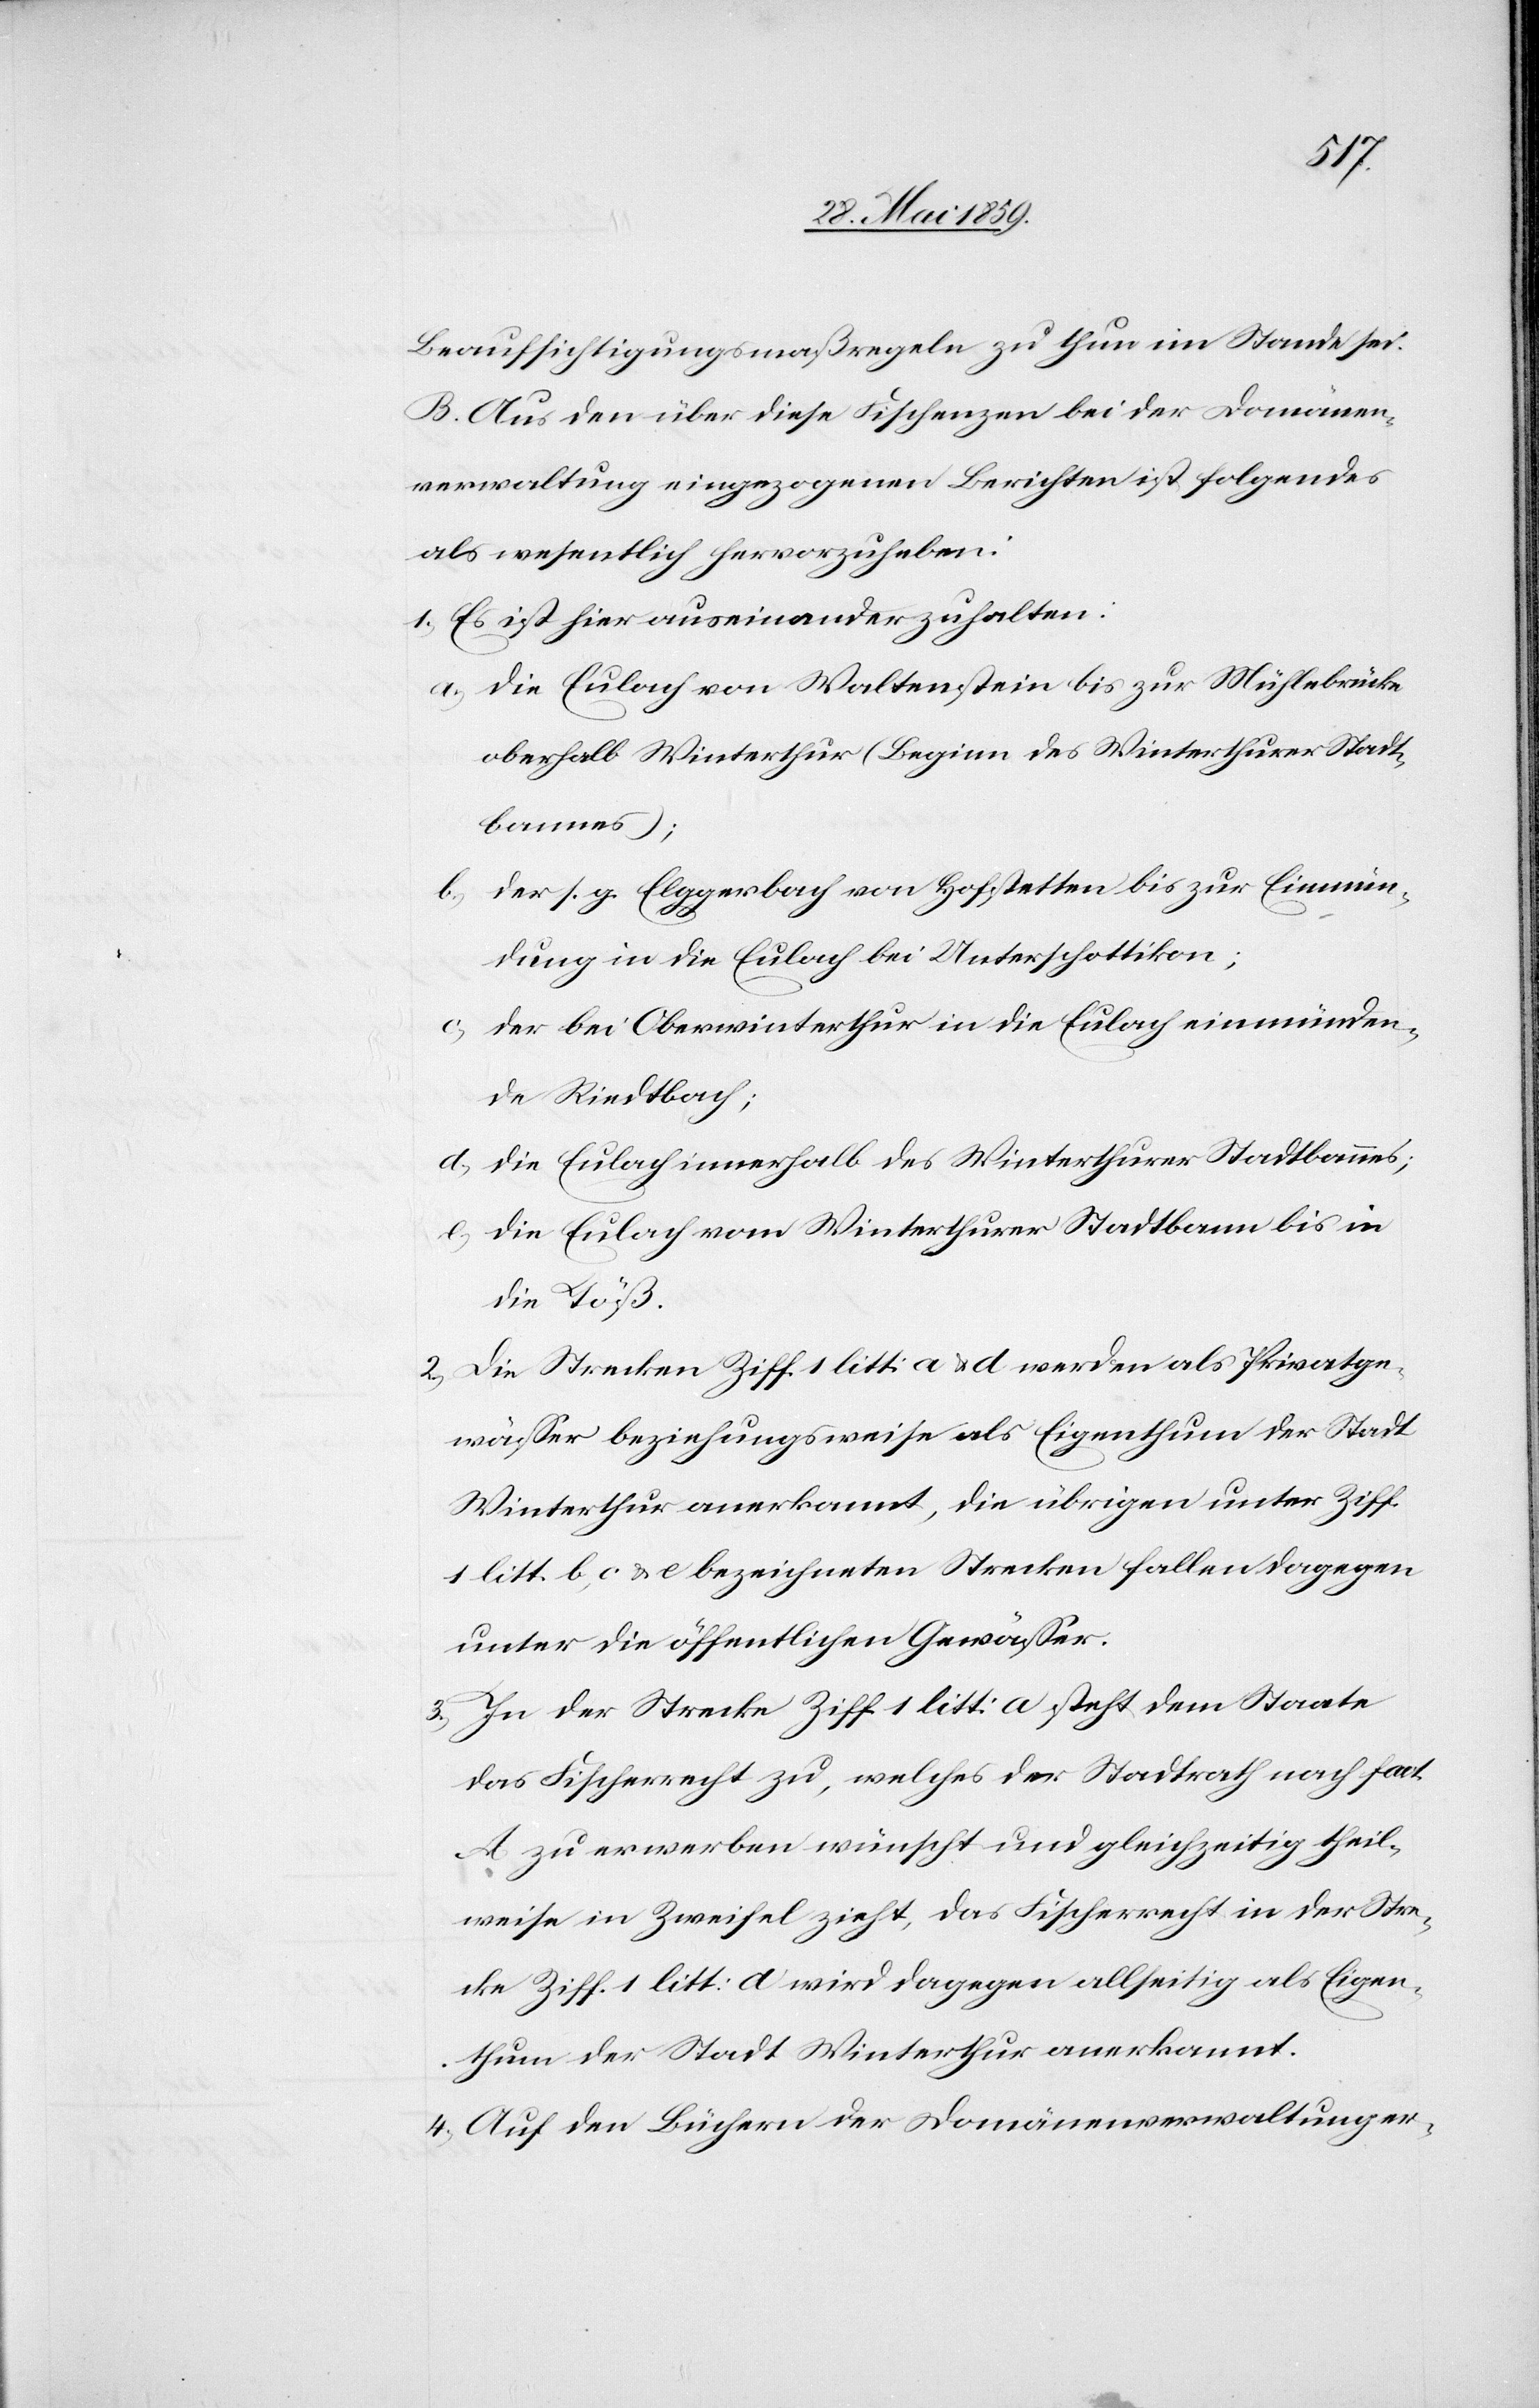
Beaufsichtigungsmaßregeln zu thun im Stande sei.
B. Aus den über diese Fischenzen bei der Domänen¬
verwaltung eingezogenen Berichten ist folgendes
als wesentlich hervorzuheben:
1) Es ist hier auseinanderzuhalten:
a) die Eulach von Waltenstein bis zur Mühlebrücke
oberhalb Winterthur (Beginn des Winterthurer Stadt¬
bannes);
der s. g. Elggerbach von Hofstetten bis zur Einmün¬
dung in die Eulach bei Unterschottikon;
der bei Oberwinterthur in die Eulach einmünden¬
c)
de Riedtbach;
d) die Eulach innerhalb des Winterthurer Stadtbannes;
e) die Eulach vom Winterthurer Stadtbann bis in
die Töß.
2) Die Strecken Ziff. 1 litt: a & d werden als Privatge¬
wässer beziehungsweise als Eigenthum der Stadt
Winterthur anerkannt, die übrigen unter Ziff.
1 litt. b, c & e bezeichneten Strecken fallen dagegen
unter die öffentlichen Gewässer.
3) In der Strecke Ziff. 1 litt: a steht dem Staate
das Fischerrecht zu, welches der Stadtrath nach fact.
A zu erwerben wünscht und gleichzeitig theil¬
weise in Zweifel zieht, das Fischerrecht in der Stre¬
cke Ziff. 1 litt: a wird dagegen allseitig als Eigen¬
thum der Stadt Winterthur anerkannt.
4) Auf den Büchern der Domänenverwaltung er-